system: You are a helpful assistant.
user:
Analyze the provided spectrum to determine if it is a **"Cataclysmic Variables (CV)"**.

- **Key Indicators for CV (Check for either state):**
    - **State 1: Quiescent / Low-State (Emission-Dominated)**
        - **(Primary):** Strong and *very broad* Hydrogen Balmer emission lines (e.g., $H\alpha$ at 6563 Å, $H\beta$ at 4861 Å). The 'broadness' (high velocity dispersion, often FWHM > 1000 km/s) is the key diagnostic, indicating a high-velocity accretion disk.
        - **(Secondary):** Broad neutral Helium (He I) emission lines (e.g., 5876 Å, 6678 Å).
        - **(Key Confirmation):** Presence of high-excitation *ionized* Helium (He II) emission at 4686 Å. This is a strong indicator of accretion onto a white dwarf.
        - **(Line Profile):** Emission lines may exhibit a 'double-peaked' profile, which is a classic signature of a rotating accretion disk viewed at high inclination.

    - **State 2: Outburst / High-State (Absorption-Dominated)**
        - **(Primary):** Spectrum is dominated by a bright, blue continuum (looks like a hot star).
        - **(Secondary):** The emission lines from State 1 are weak, absent, or 'filled in', and are replaced by broad, shallow *absorption* lines (primarily Balmer and He I).
        - **(Morphology):** The overall spectrum mimics a hot B/A-type star. The crucial difference is that the absorption lines are significantly broader, shallower, and more 'washed-out' (or 'smeared') than the sharp lines of a normal stellar photosphere, due to high rotational speeds and pressure broadening in the disk.

Think first, call **spectral_visualization_tool** if needed to examine features in detail, then provide your final answer. Your response must adhere to the following strict rules:
1.  **Overall Structure:** Your response must follow the format `<think>...</think> <tool_call>...</tool_call> (if a tool is used) <answer>...</answer>`.
2.  **Tool Usage Constraint:** You may only make **one** tool call per turn.
3.  **Final Answer Format:** In the `<answer>` tag, your conclusion must be inside a `\boxed{}` command (e.g., `\boxed{YES}`), followed by your justification.

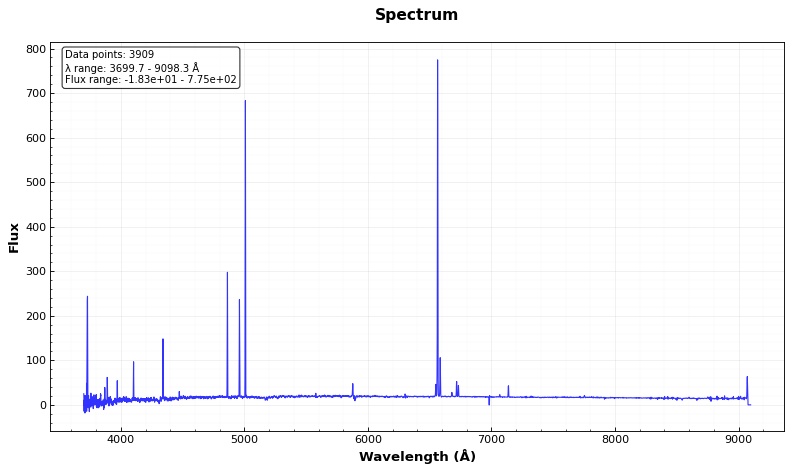
Answer: NO